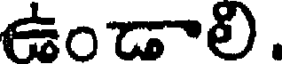
ఉండాలి.